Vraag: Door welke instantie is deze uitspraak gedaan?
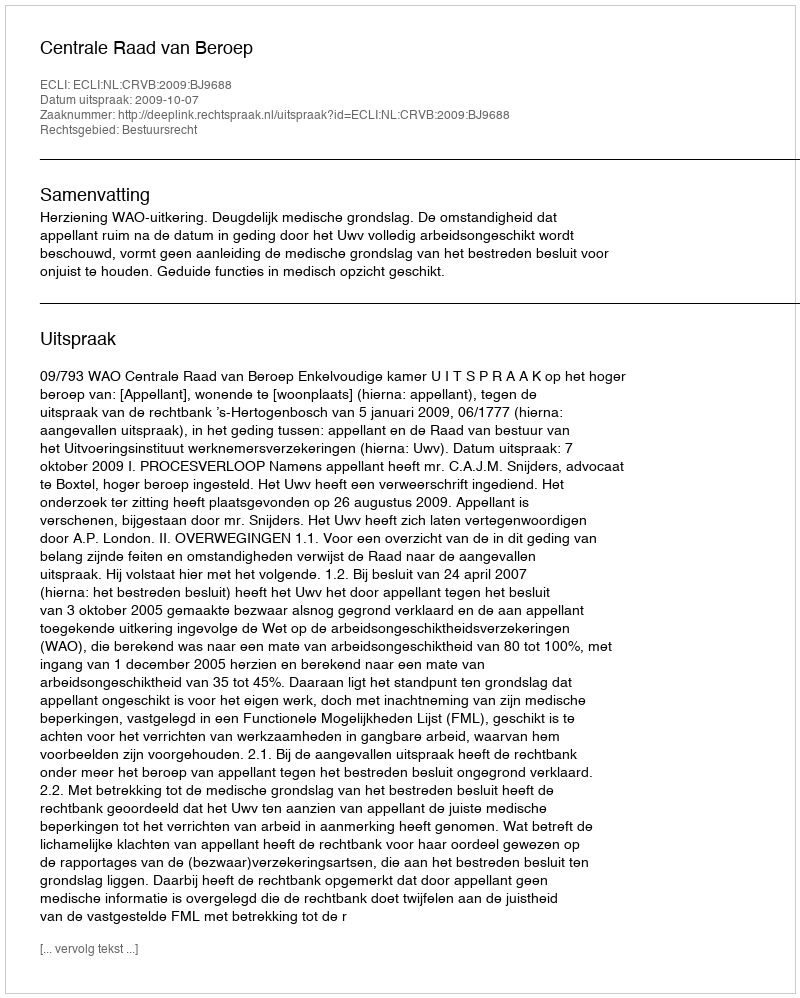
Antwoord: Centrale Raad van Beroep